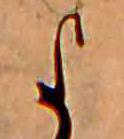
よ